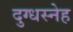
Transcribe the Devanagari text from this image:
दुग्धस्नेह